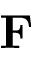
\ensuremath \mathbf { F }